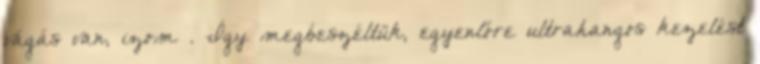
vágás van, izom . Így megbeszéltük, egyenlőre ultrahangos kezelést